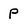
Character: P